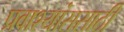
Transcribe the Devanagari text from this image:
प्रवाश्यांससाठी